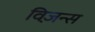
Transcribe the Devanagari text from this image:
विज़न्स